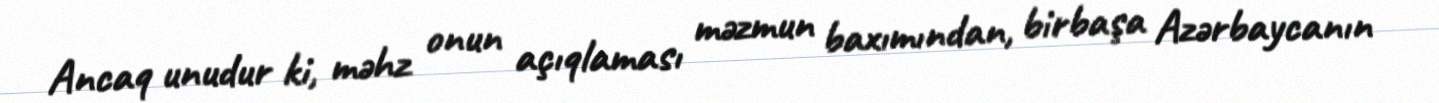
Ancaq unudur ki, məhz onun açıqlaması məzmun baxımından, birbaşa Azərbaycanın